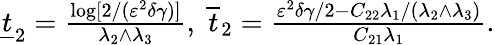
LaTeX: \begin{array}{r}{\underline{{t}}_{2}=\frac{\log[2/(\varepsilon^{2}\delta\gamma)]}{\lambda_{2}\wedge\lambda_{3}},~\overline{{t}}_{2}=\frac{\varepsilon^{2}\delta\gamma/2-C_{22}\lambda_{1}/(\lambda_{2}\wedge\lambda_{3})}{C_{21}\lambda_{1}}.}\end{array}